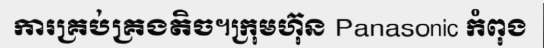
ការគ្រប់គ្រងតិច។ក្រុមហ៊ុន Panasonic កំពុង